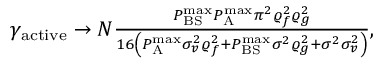
\begin{array} { r } { \gamma _ { \mathrm { a c t i v e } } \to N \frac { { P _ { { \mathrm { B S } } } ^ { { \operatorname* { m a x } } } P _ { \mathrm { A } } ^ { { \operatorname* { m a x } } } { \pi ^ { 2 } } \varrho _ { f } ^ { 2 } \varrho _ { g } ^ { 2 } } } { { 1 6 \left( { P _ { \mathrm { A } } ^ { { \operatorname* { m a x } } } \sigma _ { v } ^ { 2 } \varrho _ { f } ^ { 2 } + P _ { { \mathrm { B S } } } ^ { { \operatorname* { m a x } } } { \sigma ^ { 2 } } \varrho _ { g } ^ { 2 } + { \sigma ^ { 2 } } \sigma _ { v } ^ { 2 } } \right) } } , } \end{array}